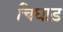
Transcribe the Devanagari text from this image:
चिघाड़